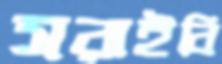
সরাইবি